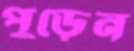
পুড়েন